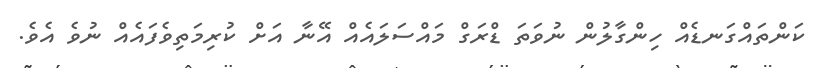
ކަންތައްގަނޑެއް ހިންގާލުން ނުވަތަ ޑްރަގް މައްސަލައެއް އޭނާ އަށް ކުރިމަތިވެފައެއް ނުވެ އެވެ.